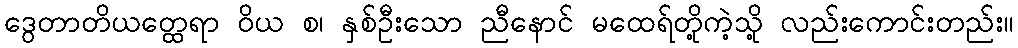
ဒွေတာတိယတ္ထေရာ ဝိယ စ၊ နှစ်ဦးသော ညီနောင် မထေရ်တို့ကဲ့သို့ လည်းကောင်းတည်း။